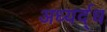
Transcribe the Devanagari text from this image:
अध्यर्द्ध